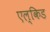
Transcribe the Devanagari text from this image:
एल्किड